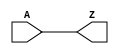
module BUF_X32 (A, Z);
  input A;
  output Z;
  buf(Z, A);
  specify
    (A => Z) = (0.1, 0.1);
  endspecify
endmodule